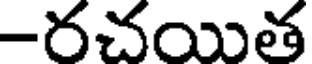
-దచయిత